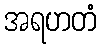
အရဟတံ